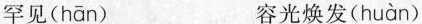
罕见 (hān)容光焕发( huàn )